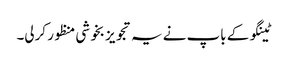
ٹینگو کے باپ نے یہ تجویز بخوشی منظور کرلی۔